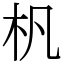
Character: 杋